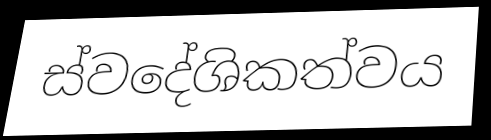
ස්වදේශිකත්වය